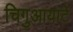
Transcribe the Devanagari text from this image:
चिगुआयांटे